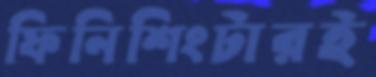
ফিনিশিংটারই